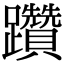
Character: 躦